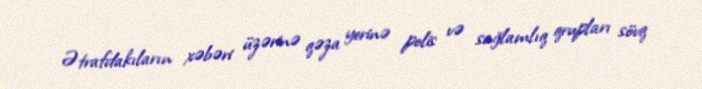
Ətrafdakıların xəbəri üzərinə qəza yerinə polis və sağlamlıq qrupları sövq